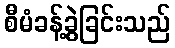
စီမံခန့်ခွဲခြင်းသည်